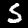
Label: 5